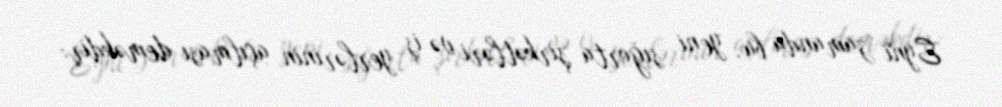
Eyni zamanda bu, yeni sığorta şirkətləri və iş yerlərinin açılması deməkdir: